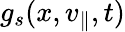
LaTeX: g_{s}(x,v_{\parallel},t)